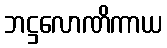
ဘဋ္ဌလောဏိကာယ